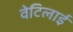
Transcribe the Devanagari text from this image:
वेटिलाई